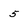
Character: 5